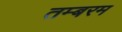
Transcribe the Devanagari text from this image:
तम्बरम